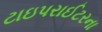
ટાઇપરાઈટરના